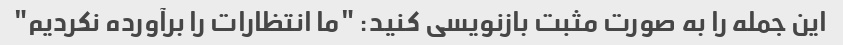
این جمله را به صورت مثبت بازنویسی کنید: "ما انتظارات را برآورده نکردیم"